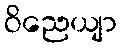
ဝိညေယျာ